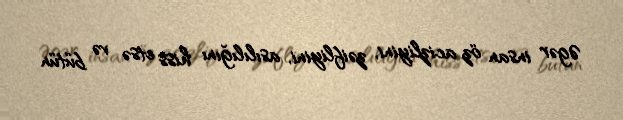
Əgər insan öz acizliyini, zəifliyini, asılılığını hiss etsə və bütün